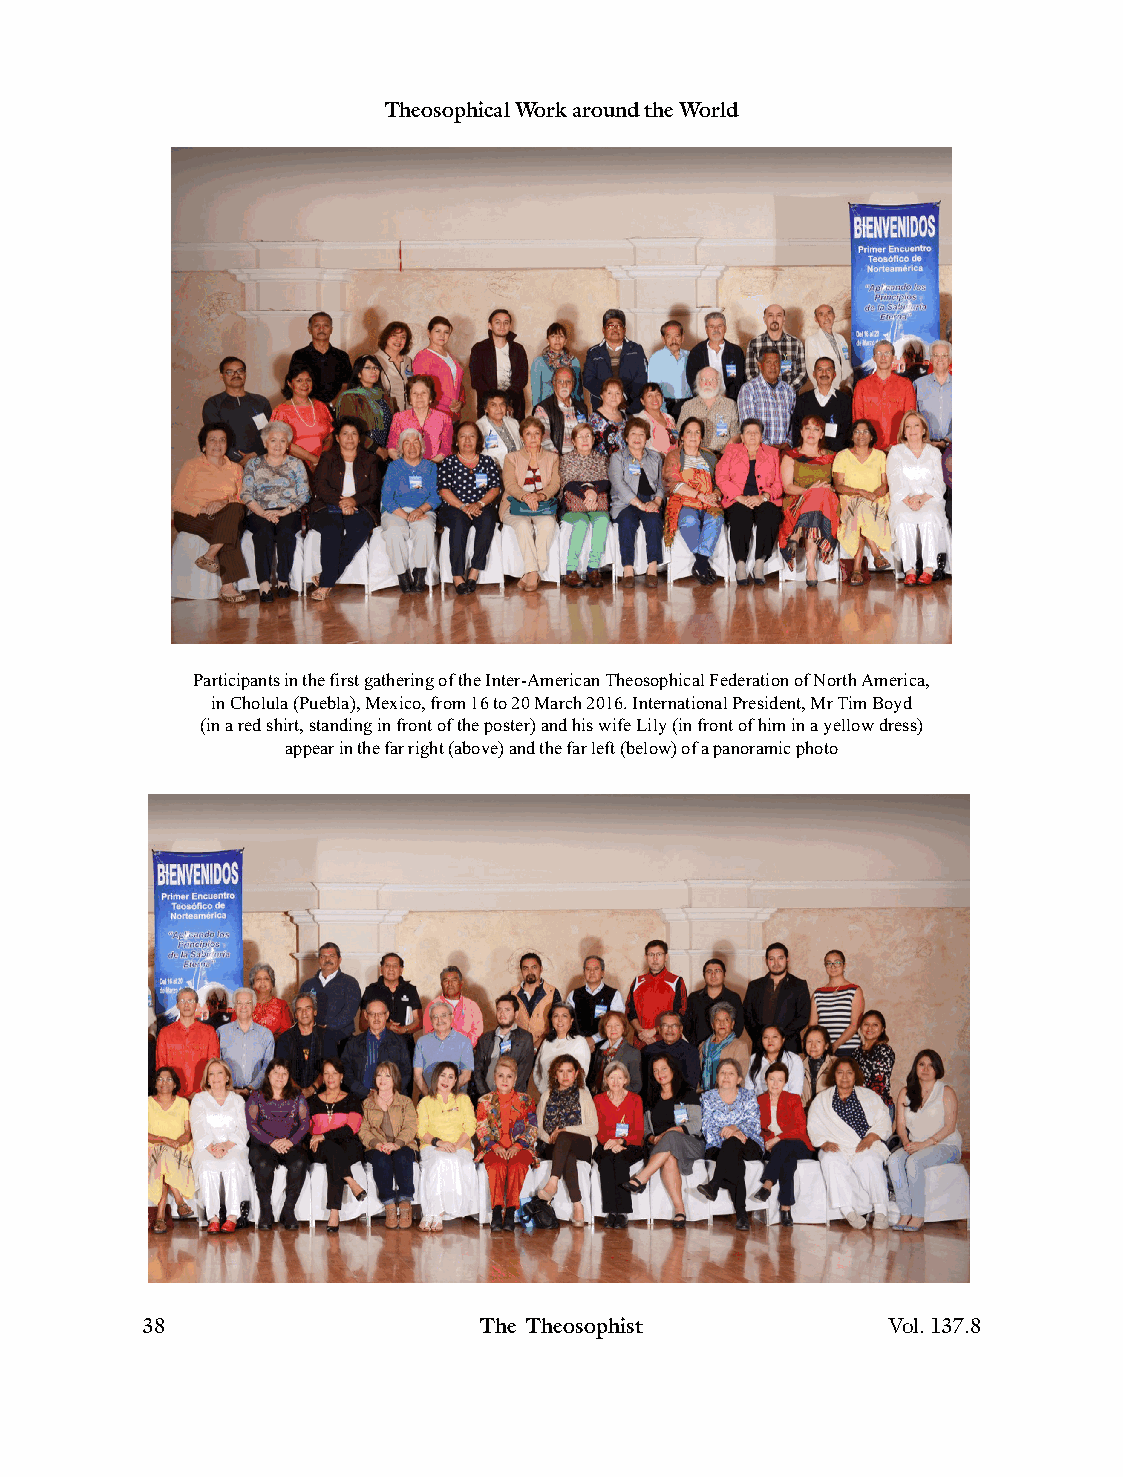
Theosophical Work around the World
 Participants in the first gathering of the Inter-American Theosophical Federation of North America,
 in Cholula (Puebla), Mexico, from 16 to 20 March 2016. International President, Mr Tim Boyd
 (in a red shirt, standing in front of the poster) and his wife Lily (in front of him in a yellow dress)
 appear in the far right (above) and the far left (below) of a panoramic photo
 38                     The Theosophist            Vol.137.8